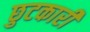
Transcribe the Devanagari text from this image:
छुटकारी